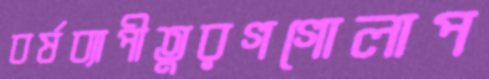
বর্ষব্যাপীতুরগগোলাপ